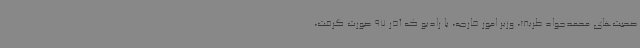
صحبت‌های محمدجواد ظریف، وزیر امور خارجه، با رادیو که آذر 97 صورت گرفت،